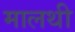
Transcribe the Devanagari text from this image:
मालथी